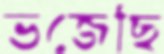
ভজেছি